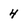
Character: 4